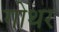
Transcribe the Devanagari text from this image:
गोथर